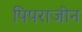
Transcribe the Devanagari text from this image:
पिपराजीन